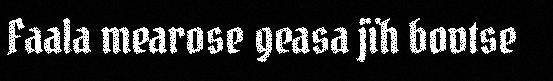
Faala mearose geasa jïh bovtse